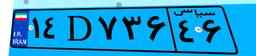
۱۷D۷۲۸۳۴